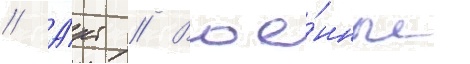
// А́кт // Вое́нные